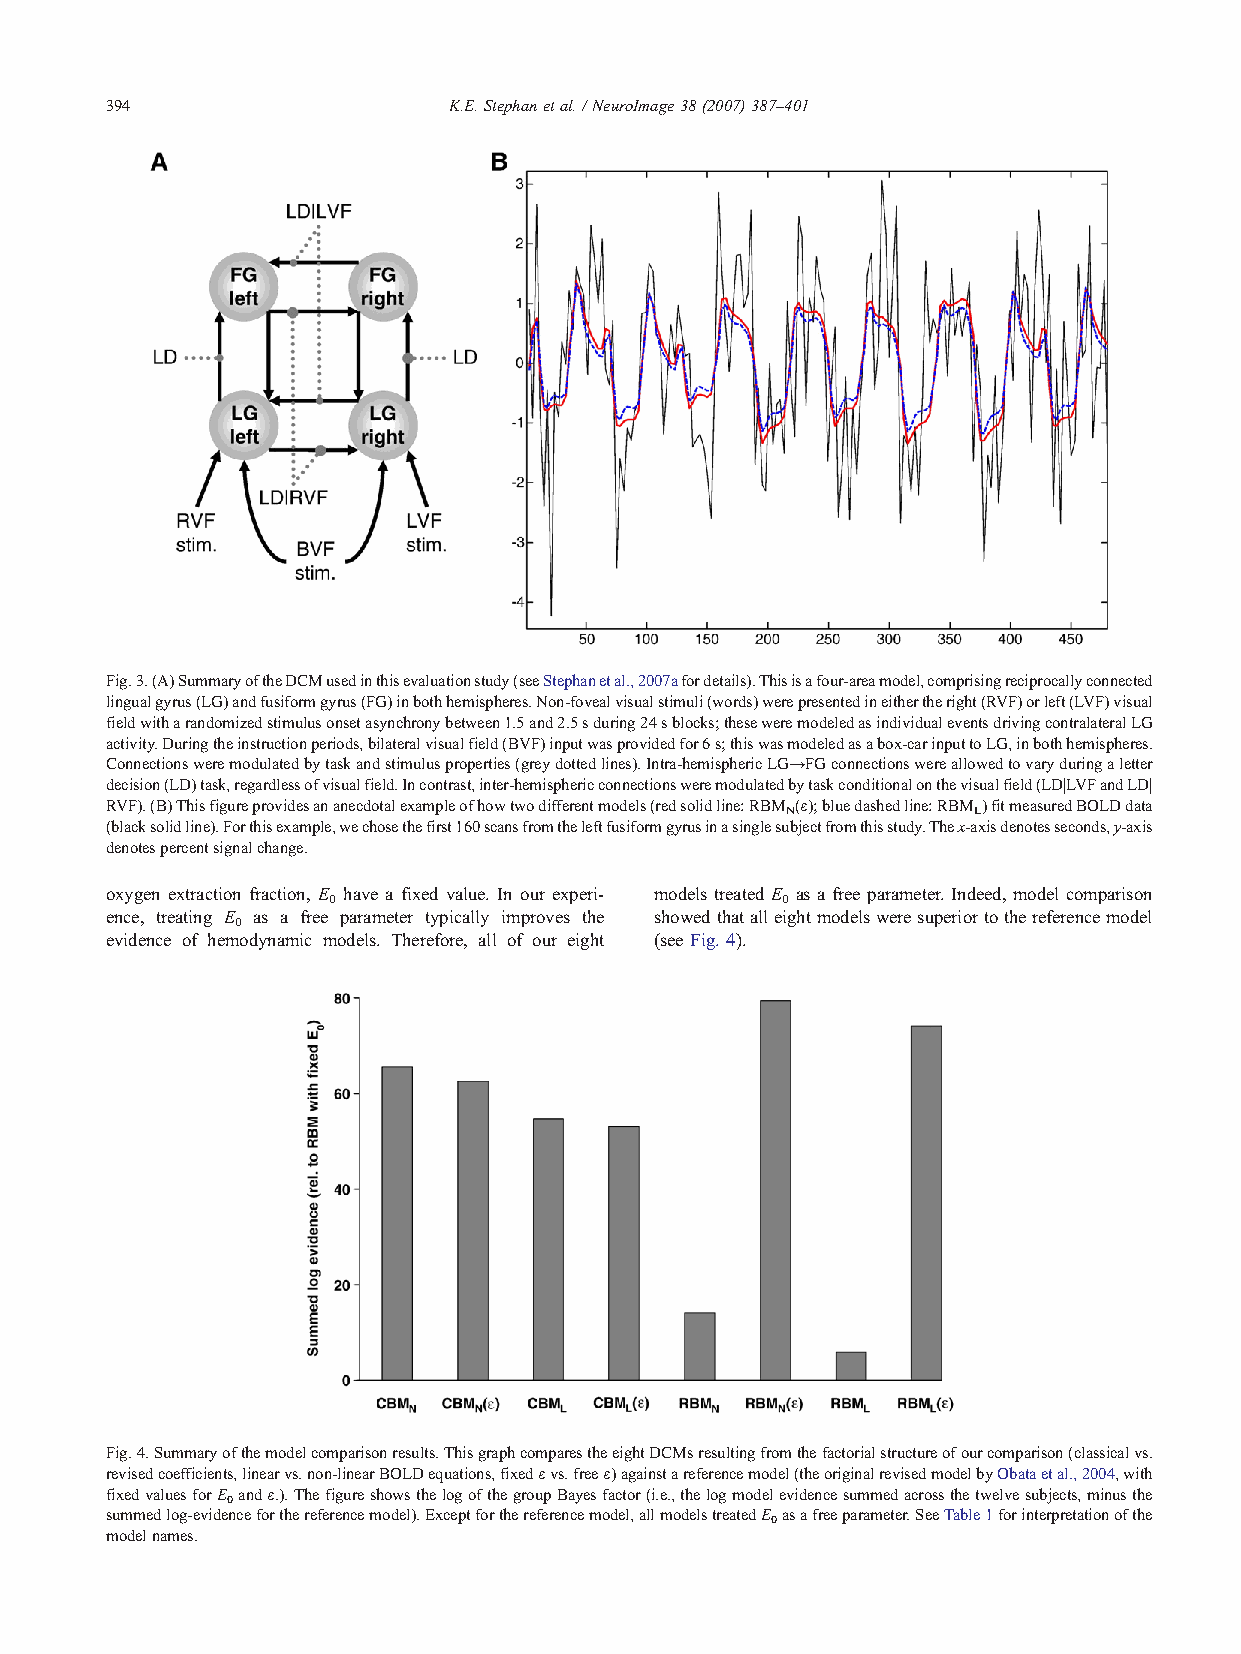
394                    K.E.Stephanetal./NeuroImage38(2007)387–401
 Fig.3.(A)SummaryoftheDCMusedinthisevaluationstudy(seeStephanetal.,2007afordetails).Thisisafour-areamodel,comprisingreciprocallyconnected
 lingualgyrus(LG)andfusiformgyrus(FG)inbothhemispheres.Non-fovealvisualstimuli(words)werepresentedineithertheright(RVF)orleft(LVF)visual
 fieldwitharandomizedstimulusonsetasynchronybetween1.5and2.5sduring24sblocks;theseweremodeledasindividualeventsdrivingcontralateralLG
 activity.Duringtheinstructionperiods,bilateralvisualfield(BVF)inputwasprovidedfor6s;thiswasmodeledasabox-carinputtoLG,inbothhemispheres.
 Connectionsweremodulatedbytaskandstimulusproperties(greydottedlines).Intra-hemisphericLG→FGconnectionswereallowedtovaryduringaletter
 decision(LD)task,regardlessofvisualfield.Incontrast,inter-hemisphericconnectionsweremodulatedbytaskconditionalonthevisualfield(LD|LVFandLD|
 RVF).(B)Thisfigureprovidesananecdotalexampleofhowtwodifferentmodels(redsolidline:RBM (ε);bluedashedline:RBM )fitmeasuredBOLDdata
 N           L
 (blacksolidline).Forthisexample,wechosethefirst160scansfromtheleftfusiformgyrusinasinglesubjectfromthisstudy.Thex-axisdenotesseconds,y-axis
 denotespercentsignalchange.
 oxygen extraction fraction, E have a fixed value. In our experi- models treated E as a free parameter. Indeed, model comparison
 0                             0
 ence, treating E as a free parameter typically improves the showedthatalleightmodelsweresuperiortothereferencemodel
 0
 evidence of hemodynamic models. Therefore, all of our eight (see Fig. 4).
 Fig.4.Summaryofthemodelcomparisonresults.ThisgraphcomparestheeightDCMsresultingfromthefactorialstructureofourcomparison(classicalvs.
 revisedcoefficients,linearvs.non-linearBOLDequations,fixedεvs.freeε)againstareferencemodel(theoriginalrevisedmodelbyObataetal.,2004,with
 fixedvaluesforE andε.).ThefigureshowsthelogofthegroupBayesfactor(i.e.,thelogmodelevidencesummedacrossthetwelvesubjects,minusthe
 0
 summedlog-evidenceforthereferencemodel).Exceptforthereferencemodel,allmodelstreatedE asafreeparameter.SeeTable1forinterpretationofthe
 0
 modelnames.